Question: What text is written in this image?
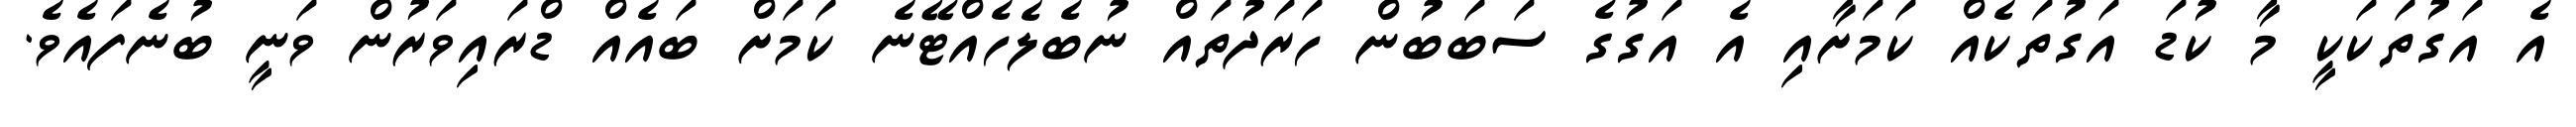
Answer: އެ އަގުތަކަކީ މާ ކުޑަ އަގުތަކެއް ކަމަށާއި އެ އަގުގެ ސަބަބުން ހަރަދުތައް ނުބެލެހެއްޓޭނެ ކަމަށް ބައެއް ޑްރައިވަރުން ވަނީ ބުނެފައެވެ.